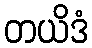
တယိဒံ